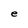
Character: e